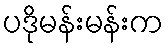
ပဒိုမန်းမန်းက